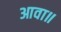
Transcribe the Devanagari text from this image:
आवा॥